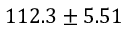
1 1 2 . 3 \pm 5 . 5 1